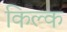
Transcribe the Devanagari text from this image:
किल्क